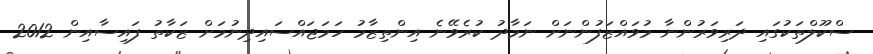
ސްކޫލްތަކުގައި ދަރިވަރުންނާ މުވައްޒަފުންނަށް ނަމާދު ކުރެވޭނެ އިންތިޒާމު ހަމަޖައްސައިދިނުމަށް ޒަކާތު ފައިސާއިން 2012